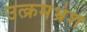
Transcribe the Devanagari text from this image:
उत्क्रमभ्रंश